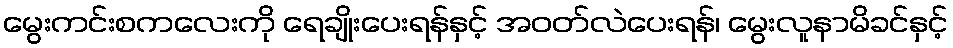
မွေးကင်းစကလေးကို ရေချိုးပေးရန်နှင့် အဝတ်လဲပေးရန်၊ မွေးလူနာမိခင်နှင့်